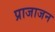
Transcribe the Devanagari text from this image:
प्राजाजन